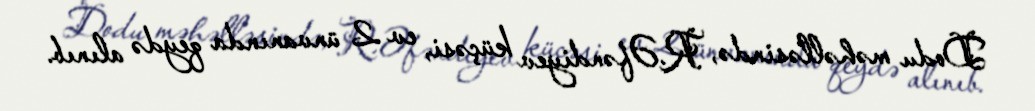
Dodu məhəlləsində, R.Əfəndiyev küçəsi, ev 2 ünvanında qeydə alınıb.